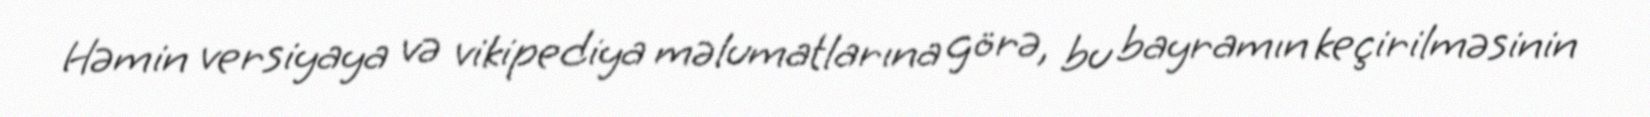
Həmin versiyaya və vikipediya məlumatlarına görə, bu bayramın keçirilməsinin